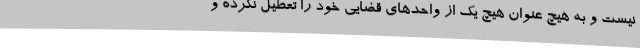
نیست و به هیچ عنوان هیچ یک از واحدهای قضایی خود را تعطیل نکرده و